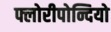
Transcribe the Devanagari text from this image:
फ्लोरीपोन्दियो